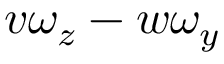
v \omega _ { z } - w \omega _ { y }